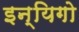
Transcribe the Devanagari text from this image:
इन्यिगो